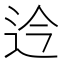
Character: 𫐡